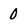
Character: 0